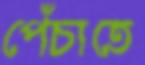
পেঁচাতে